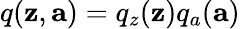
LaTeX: q(\mathbf{z},\mathbf{a})=q_{z}(\mathbf{z})q_{a}(\mathbf{a})